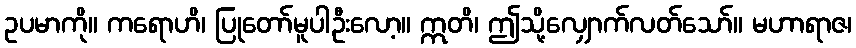
ဥပမာကို။ ကရောဟိ၊ ပြုတော်မူပါဦးလော့။ ဣတိ၊ ဤသို့လျှောက်လတ်သော်။ မဟာရာဇ၊